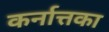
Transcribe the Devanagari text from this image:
कर्नात्तका